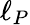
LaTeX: \ell_{P}